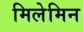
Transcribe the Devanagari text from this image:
मिलेमिन